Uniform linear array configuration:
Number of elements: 16
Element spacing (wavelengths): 1
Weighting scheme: kaiser
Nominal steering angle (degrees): -15
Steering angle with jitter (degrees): -13.812
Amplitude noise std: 0.05
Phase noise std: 0.05

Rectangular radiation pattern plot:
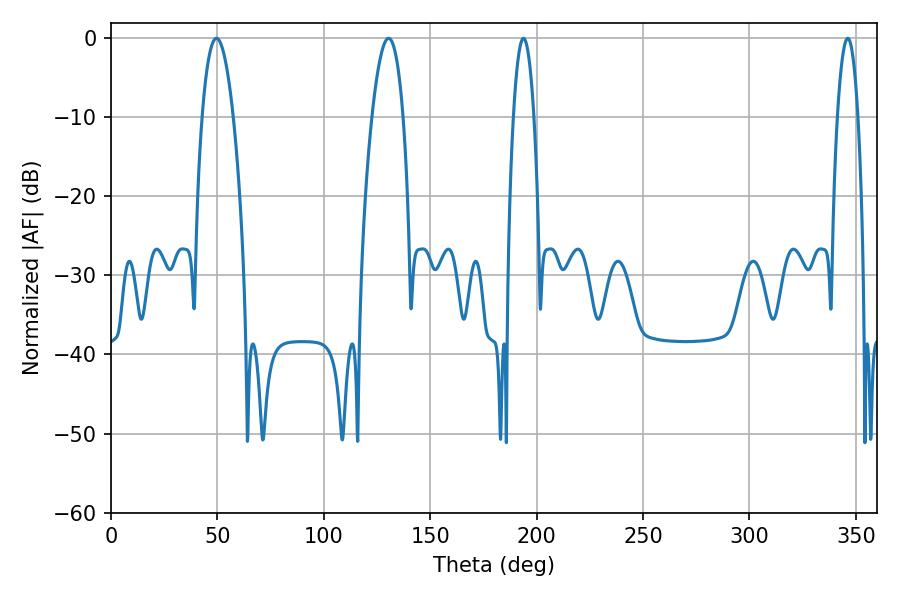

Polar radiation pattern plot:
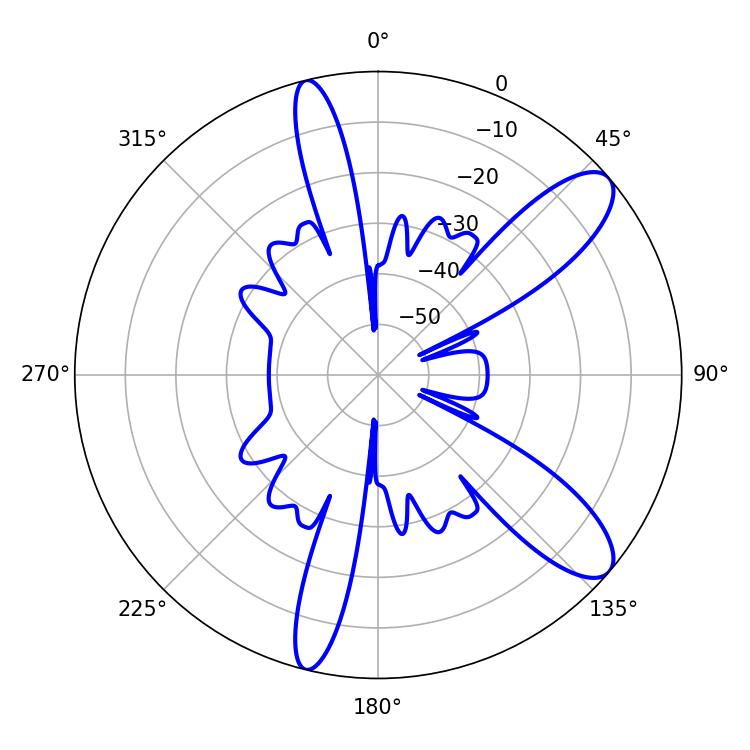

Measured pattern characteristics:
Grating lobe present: TRUE
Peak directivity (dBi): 10.396
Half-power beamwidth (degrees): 5.4
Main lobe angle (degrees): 193.86